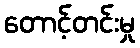
တောင့်တင်းမှု